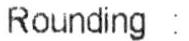
ROUNDING :